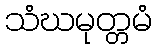
သံဃမုတ္တမံ